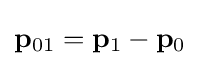
\mathbf {p} _{01}=\mathbf {p} _{1}-\mathbf {p} _{0}